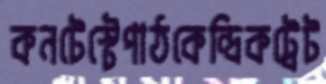
কনটেস্টেপাঠকেন্দ্রিকট্রেট